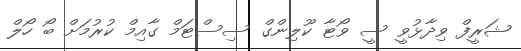
ޝަރީފް ވިދާޅުވީ ސީ ވޯޓާ ކޫލިންގް ސިސްޓަމް ގާއިމް ކުރުމަށް ބޯ ހޯލް